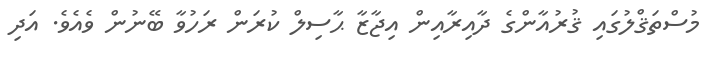
މުސްތަޤްލުގައި ޤުރުއާންގެ ދާއިރާއިން އިޖާޒާ ޙާސިލް ކުރަން ރަހުވާ ބޭނުން ވެއެވެ. އަދި